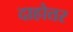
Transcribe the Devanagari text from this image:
दाहोत्तर